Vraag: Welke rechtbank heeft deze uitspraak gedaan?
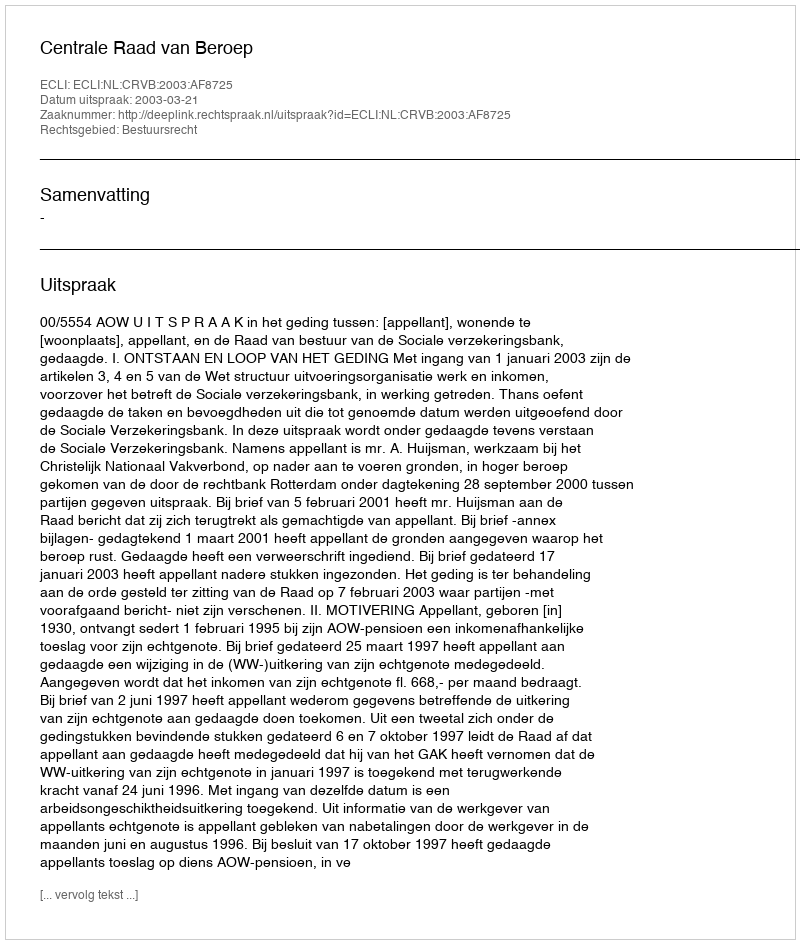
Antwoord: Centrale Raad van Beroep